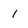
Character: 1